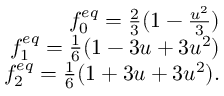
\begin{array} { r } { f _ { 0 } ^ { e q } = \frac { 2 } { 3 } ( 1 - \frac { u ^ { 2 } } { 3 } ) } \\ { f _ { 1 } ^ { e q } = \frac { 1 } { 6 } ( 1 - 3 u + 3 u ^ { 2 } ) } \\ { f _ { 2 } ^ { e q } = \frac { 1 } { 6 } ( 1 + 3 u + 3 u ^ { 2 } ) . } \end{array}